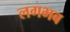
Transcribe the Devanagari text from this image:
लगभब